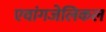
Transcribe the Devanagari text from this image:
एवांगजेलिकल